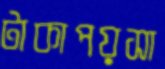
টাকাপয়সা